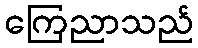
ကြေညာသည်